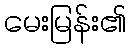
မေးမြန်း၏